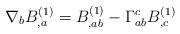
LaTeX: \begin{align*}\nabla_bB^{(1)}_{,a} = B^{(1)}_{,ab} - \Gamma^c_{ab} B^{(1)}_{,c}\end{align*}